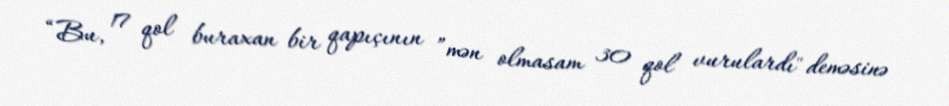
“Bu, 17 qol buraxan bir qapıçının ”mən olmasam 30 qol vurulardı" deməsinə